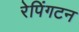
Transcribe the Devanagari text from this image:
रेपिंगटन